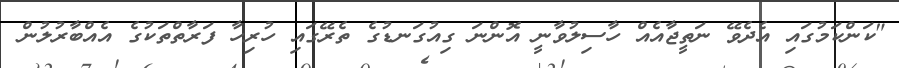
"ކަންކަމުގައި އެދެވޭ ނަތީޖާއެއް ހާސިލުވާނީ އޮންނަ ގިއުގަނޑުގެ ތެރޭގައި ހުރިހާ ފަރާތްތަކުގެ އެއްބާރުލުން